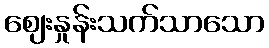
ဈေးနှုန်းသက်သာသော